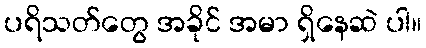
ပရိသတ်တွေ အခိုင် အမာ ရှိနေဆဲ ပါ။